Vaccine operations Central Provinces 1900-1911 - 1900-1911
Year: 1900
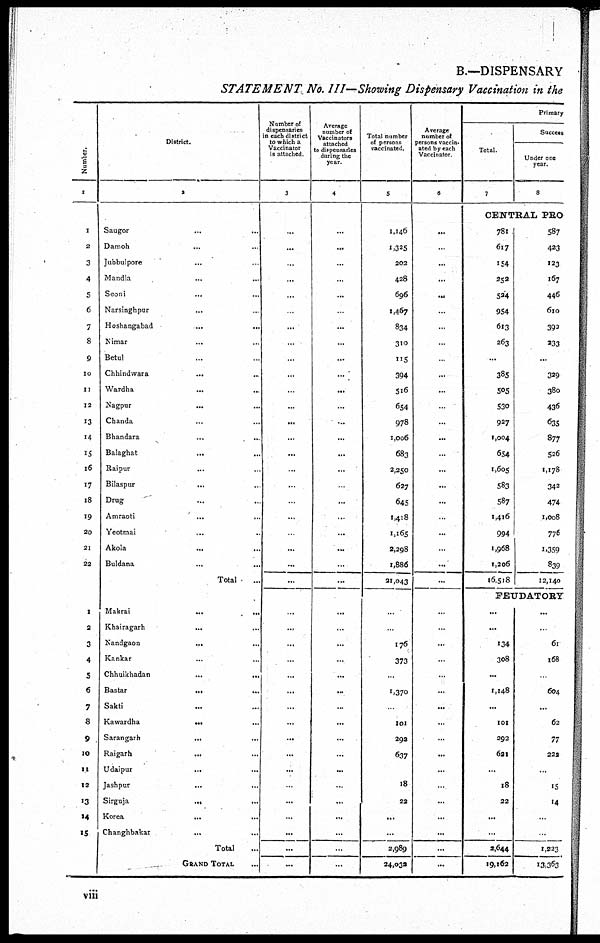
B.—DISPENSARY
STATEMENT. No. III—Showing Dispensary Vaccination in the
Number.
1
1
2
3
4
5
6
7
8
9
10
11
12
13
14
15
16
17
18
19
20
21
22
1
2
3
4
5
6
7
8
9
10
11
12
13
14
15
District.
2
Saugor
...
...
Damoh ... ...
Jubbulpore
... ...
Mandla ... ...
Seoni ... ...
Narsinghpur
...
Hoshangabad
...
...
Nimar ... ...
Betul ... ...
Chhindwara
... ...
Wardha ... ...
Nagpur
... ...
Chanda ... ...
Bhandara
... ...
Balaghat
... ...
Raipur ... ...
Bilaspur
... ...
Drug ... ...
Amraoti ... ...
Yeotmal ... ...
Akola
...
..
Buldana ... ...
Total ...
Makrai
...
...
Khairagarh ... ...
Nandgaon
... ...
Kankar ... ...
Chhuikhadan
...
...
Bastar
...
...
Sakti ... ...
Kawardha ... ...
Sarangarh
...
...
Raigarh
... ...
Udaipur
... ...
Jashpur
...
...
Sirgnja
... ...
Korea
... ...
Changhbakar
...
...
Total ...
GRAND TOTAL ...
Number of
dispensaries
in each district
to which a
Vaccinator
is attached
3
...
...
...
...
...
...
...
...
...
...
...
...
...
...
...
...
...
...
...
...
...
...
...
...
...
...
...
...
...
...
...
...
...
...
...
...
...
...
...
...
Average
number of
Vaccinators
attached
to dispensaries
during the
year.
4
...
...
...
...
...
...
...
...
...
...
...
...
...
...
...
...
...
...
..
...
...
...
...
...
...
...
...
...
...
...
...
...
...
...
...
...
...
...
...
...
Total number
of persons
vaccinated.
5
1,146
1,325
202
428
696
1,467
834
310
115
394
516
654
978
1,006
683
2,250
627
645
1,418
1,165
2,298
1,886
21,043
...
..
176
373
...
1,370
...
101
292
637
...
18
22
...
...
2,989
24,032
Average
number of
persons vaccin¬
ated by each
Vaccinator.
6
...
...
...
...
...
...
...
...
...
...
...
...
...
...
...
...
...
...
...
...
...
...
...
...
...
...
...
...
...
...
...
...
...
...
...
...
...
...
...
...
Primary
Total.
7
Success
Under one
year.
8
CENTRAL PRO
781
617
154
252
524
954
613
263
...
385
505
530
927
1,004
654
1,605
583
587
1,416
994
1,968
1,206
16,518
587
423
123
167
446
610
392
233
...
329
380
436
635
877
526
1,178
342
474
1,008
776
1,359
839
12,140
FEUDATORY
...
...
134
308
...
1,148
...
101
292
621
...
18
22
...
...
2,644
19,162
...
..
61
168
...
604
...
62
77
222
...
15
14
...
...
1,223
13,363
viii